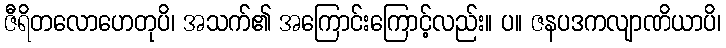
ဇီရိတလောဟေတုပိ၊ အသက်၏ အကြောင်းကြောင့်လည်း။ ပ။ ဇနပဒကလျာဏိယာပိ၊